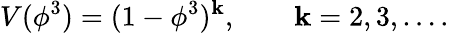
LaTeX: V(\phi^{3})=(1-\phi^{3})^{\mathbf{k}},\qquad\mathbf{k}=2,3,\ldots.